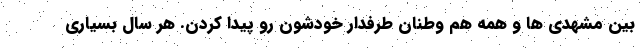
بین مشهدی ها و همه هم وطنان طرفدار خودشون رو پیدا کردن. هر سال بسیاری